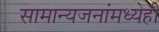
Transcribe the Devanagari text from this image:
सामान्यजनांमध्येही